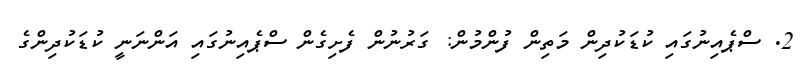
2. ސްޕެއިނުގައި ކުޑަކުދިން މަތިން ފުންމުން: ގަރުނުން ފެށިގެން ސްޕެއިނުގައި އަންނަނީ ކުޑަކުދިންގެ